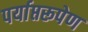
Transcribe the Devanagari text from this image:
पर्याप्तरूपेण